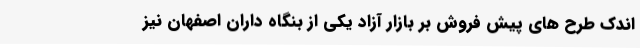
اندک طرح های پیش فروش بر بازار آزاد یکی از بنگاه داران اصفهان نیز